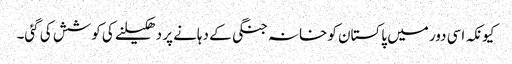
کیونکہ اسی دور میں پاکستان کو خانہ جنگی کے دہانے پر دھکیلنے کی کوشش کی گئی۔